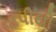
વાપીથી